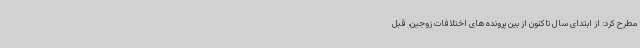
مطرح کرد: از ابتدای سال تاکنون از بین پرونده های اختلافات زوجین، قبل